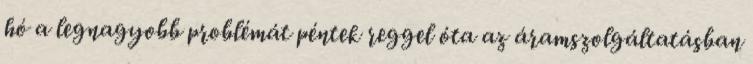
hó a legnagyobb problémát péntek reggel óta az áramszolgáltatásban